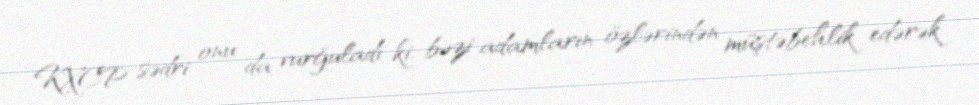
KXCP sədri onu da vurğuladı ki, bəzi adamların özlərindən müştəbehlik edərək